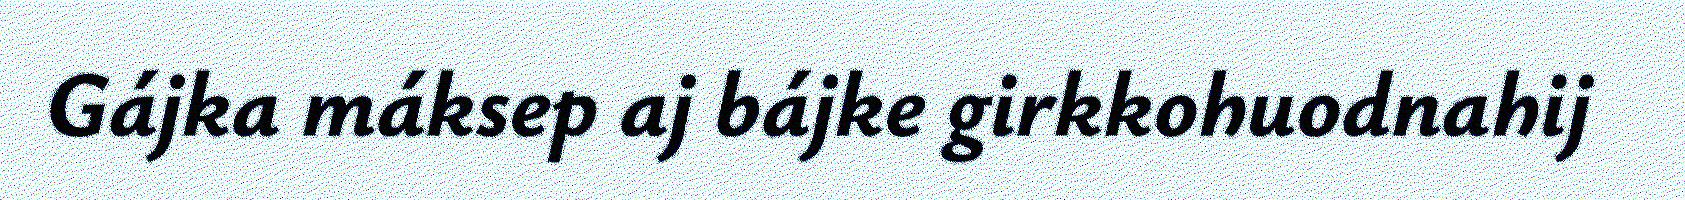
Gájka máksep aj bájke girkkohuodnahij